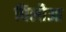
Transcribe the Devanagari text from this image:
घिलौआ